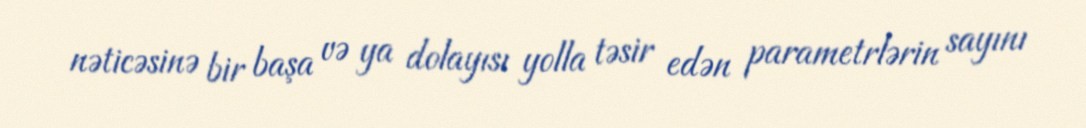
nəticəsinə bir başa və ya dolayısı yolla təsir edən parametrlərin sayını